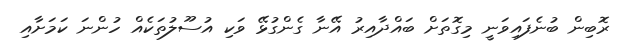
ރޮބިން ބުނެފައިވަނީ މިގޮތަށް ބައްދާއިރު އޭނާ ގެންގުޅޭ ވަކި އުސޫލުތަކެއް ހުންނަ ކަމަށާއި